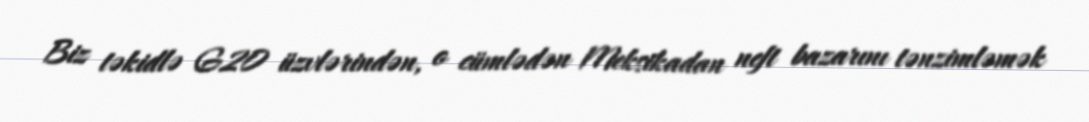
Biz təkidlə G20 üzvlərindən, o cümlədən Meksikadan neft bazarını tənzimləmək